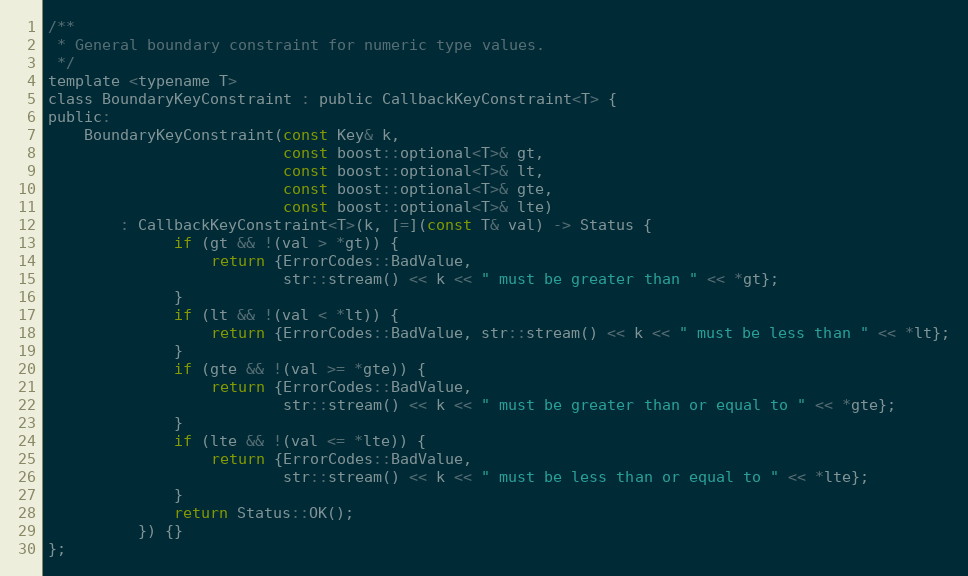
Language: C
/**
 * General boundary constraint for numeric type values.
 */
template <typename T>
class BoundaryKeyConstraint : public CallbackKeyConstraint<T> {
public:
    BoundaryKeyConstraint(const Key& k,
                          const boost::optional<T>& gt,
                          const boost::optional<T>& lt,
                          const boost::optional<T>& gte,
                          const boost::optional<T>& lte)
        : CallbackKeyConstraint<T>(k, [=](const T& val) -> Status {
              if (gt && !(val > *gt)) {
                  return {ErrorCodes::BadValue,
                          str::stream() << k << " must be greater than " << *gt};
              }
              if (lt && !(val < *lt)) {
                  return {ErrorCodes::BadValue, str::stream() << k << " must be less than " << *lt};
              }
              if (gte && !(val >= *gte)) {
                  return {ErrorCodes::BadValue,
                          str::stream() << k << " must be greater than or equal to " << *gte};
              }
              if (lte && !(val <= *lte)) {
                  return {ErrorCodes::BadValue,
                          str::stream() << k << " must be less than or equal to " << *lte};
              }
              return Status::OK();
          }) {}
};